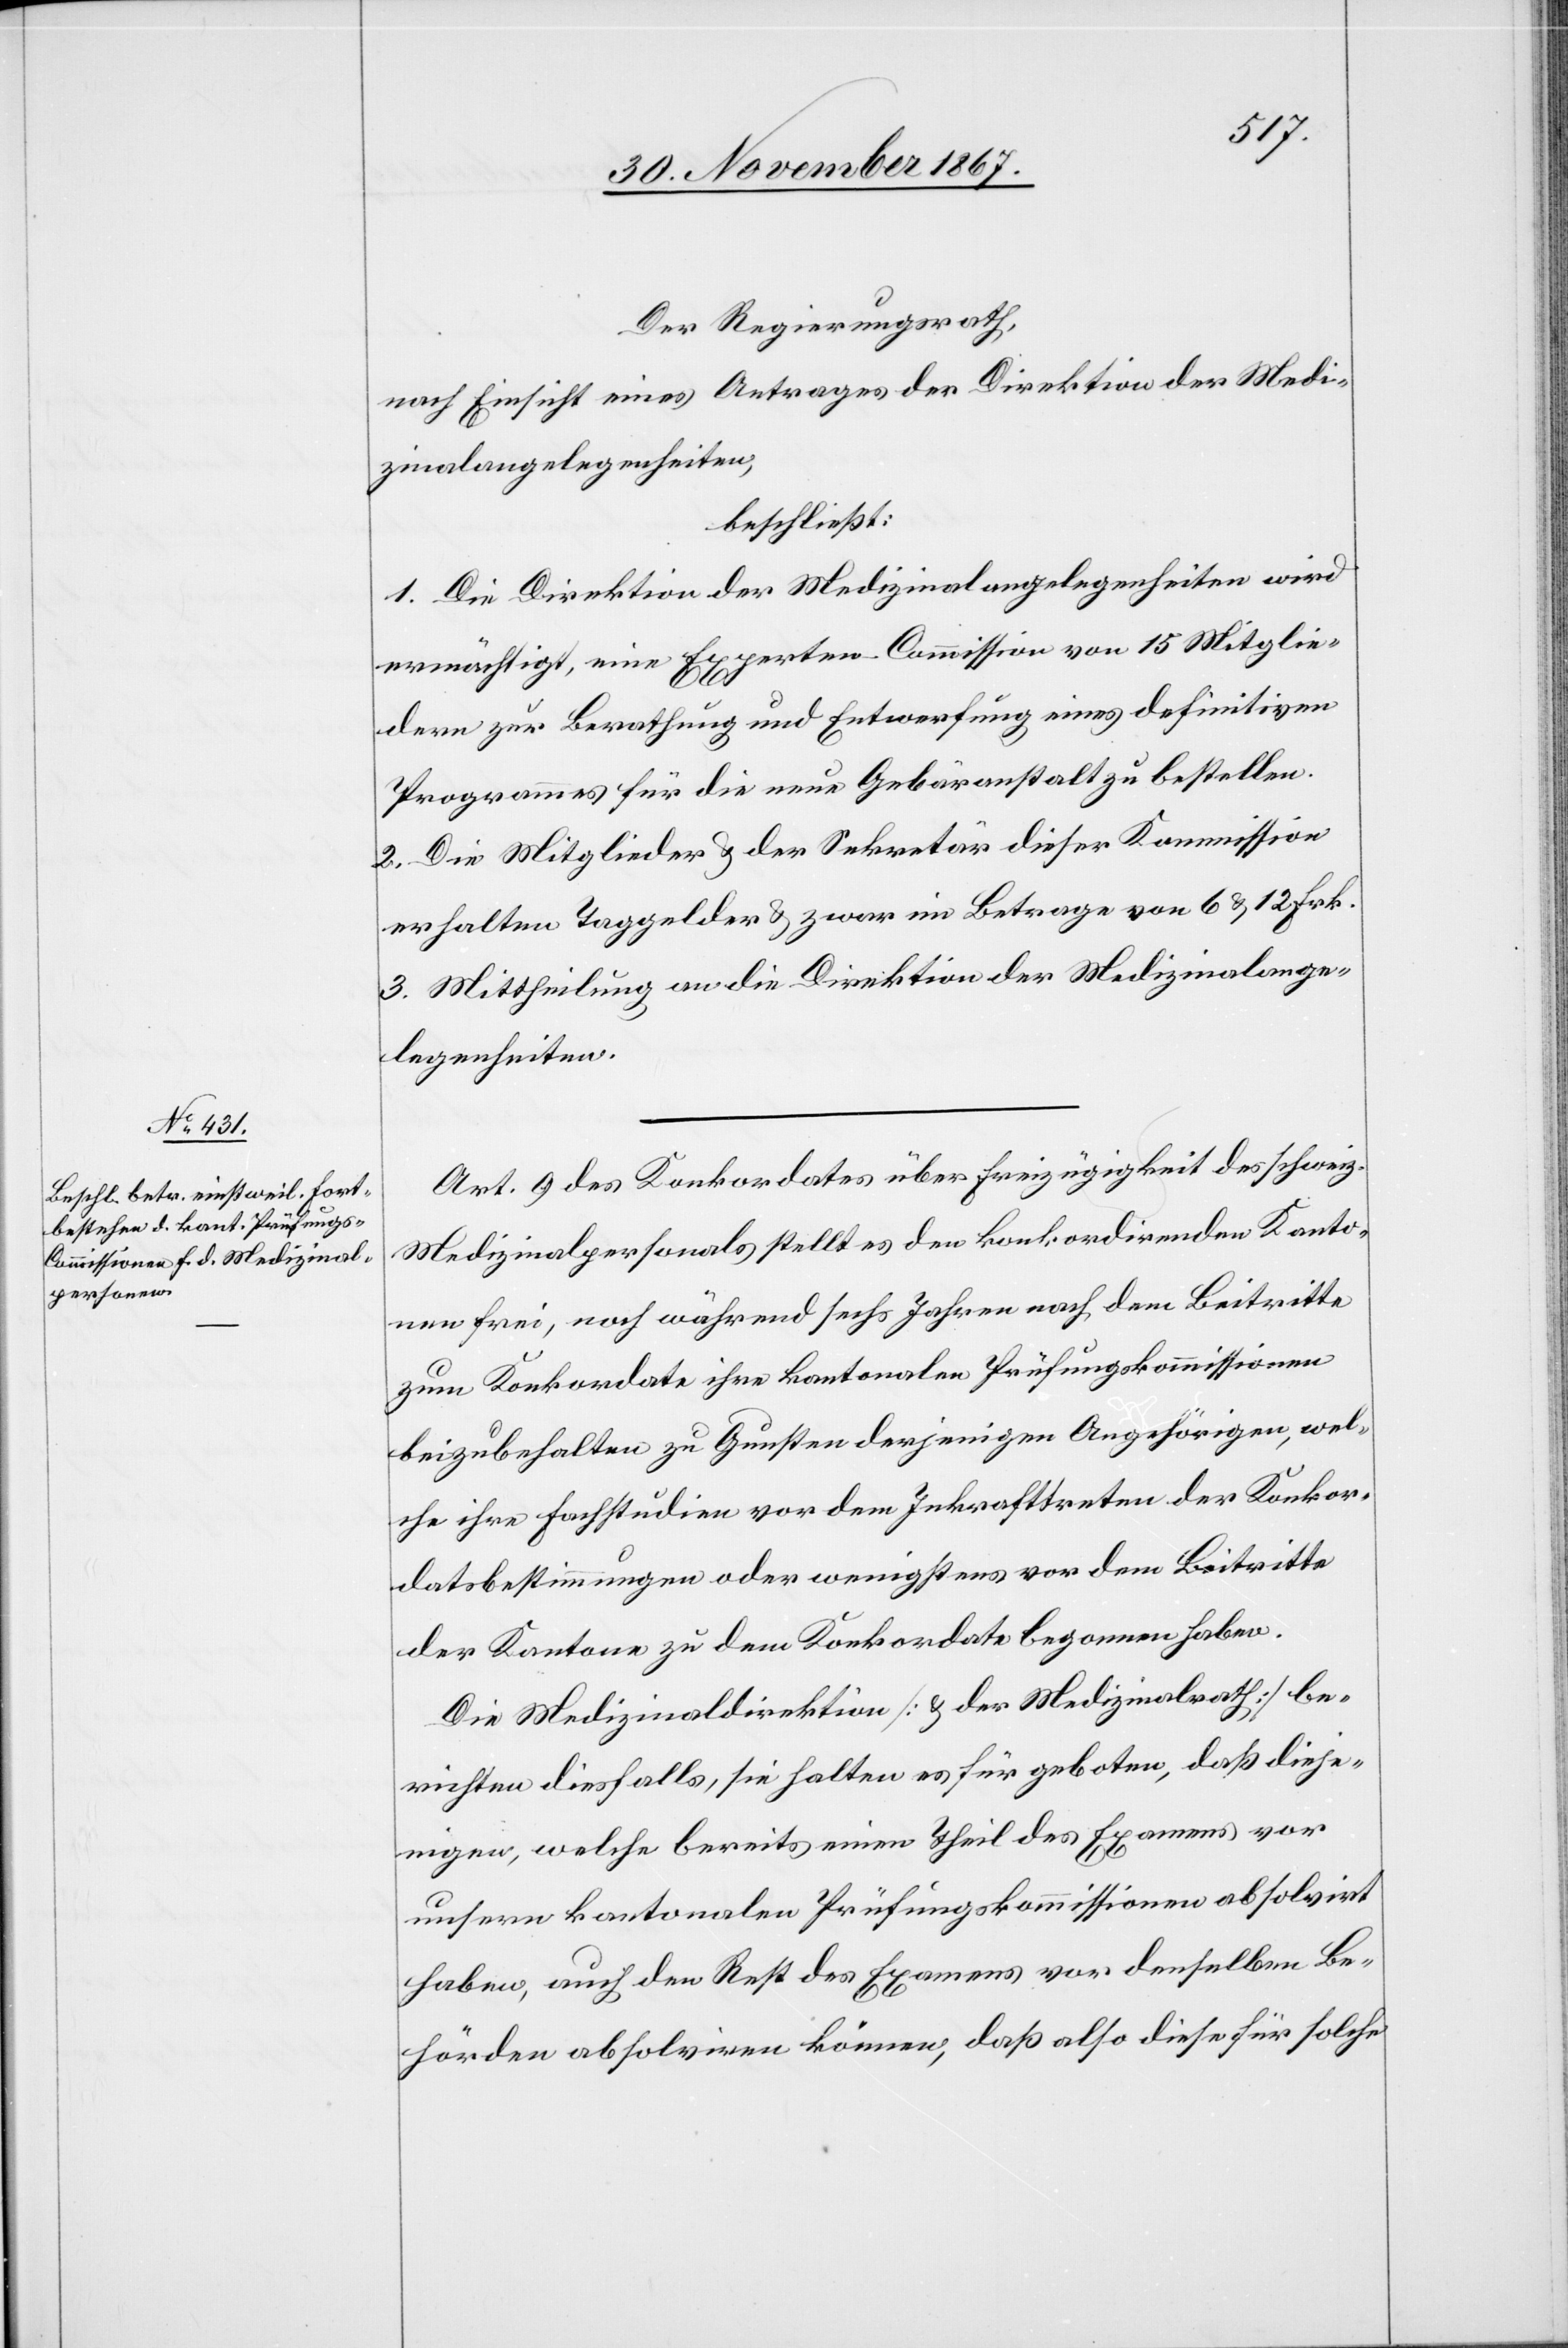
Der Regierungsrath,
nach Einsicht eines Antrages der Direktion der Medi¬
zinalangelegenheiten,
beschließt:
1. Die Direktion der Medizinalangelegenheiten wird
ermächtigt, eine Experten-Commission von 15 Mitglie¬
dern zur Berathung und Entwerfung eines definitiven
Programmes für die neue Gebäranstalt zu bestellen.
2. Die Mitglieder u. der Sekretär dieser Kommission
erhalten Taggelder u. zwar im Betrage von 6 u. 12 Frk.
3. Mittheilung an die Direktion der Medizinalange¬
legenheiten.
Art. 9 des Konkordates über Freizügigkeit des schweiz.
Medizinalpersonals stellt es den konkordirenden Kanto¬
nen frei, noch während sechs Jahren nach dem Beitritte
zum Konkordate ihre kantonalen Prüfungskommissionen
beizubehalten zu Gunsten derjenigen Angehörigen, wel¬
che ihre Fachstudien vor dem Inkrafttreten der Konkor¬
datsbestimmungen oder wenigstens vor dem Beitritte
der Kantone zu dem Konkordate begonnen haben.
Die Medizinaldirektion [u. der Medizinalrath] be¬
richten diesfalls, sie halten es für geboten, daß dieje¬
nigen, welche bereits einen Theil des Examens vor
unsern kantonalen Prüfungskommissionen absolvirt
haben, auch den Rest des Examens vor denselben Be¬
hörden absolviren können; daß als diese für solche